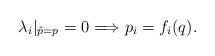
LaTeX: \begin{align*}\lambda_i |_{\tilde p=p} =0 \Longrightarrow p_i=f_i(q){.}\end{align*}